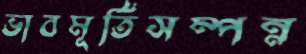
ভাবমূর্তিসম্পন্ন